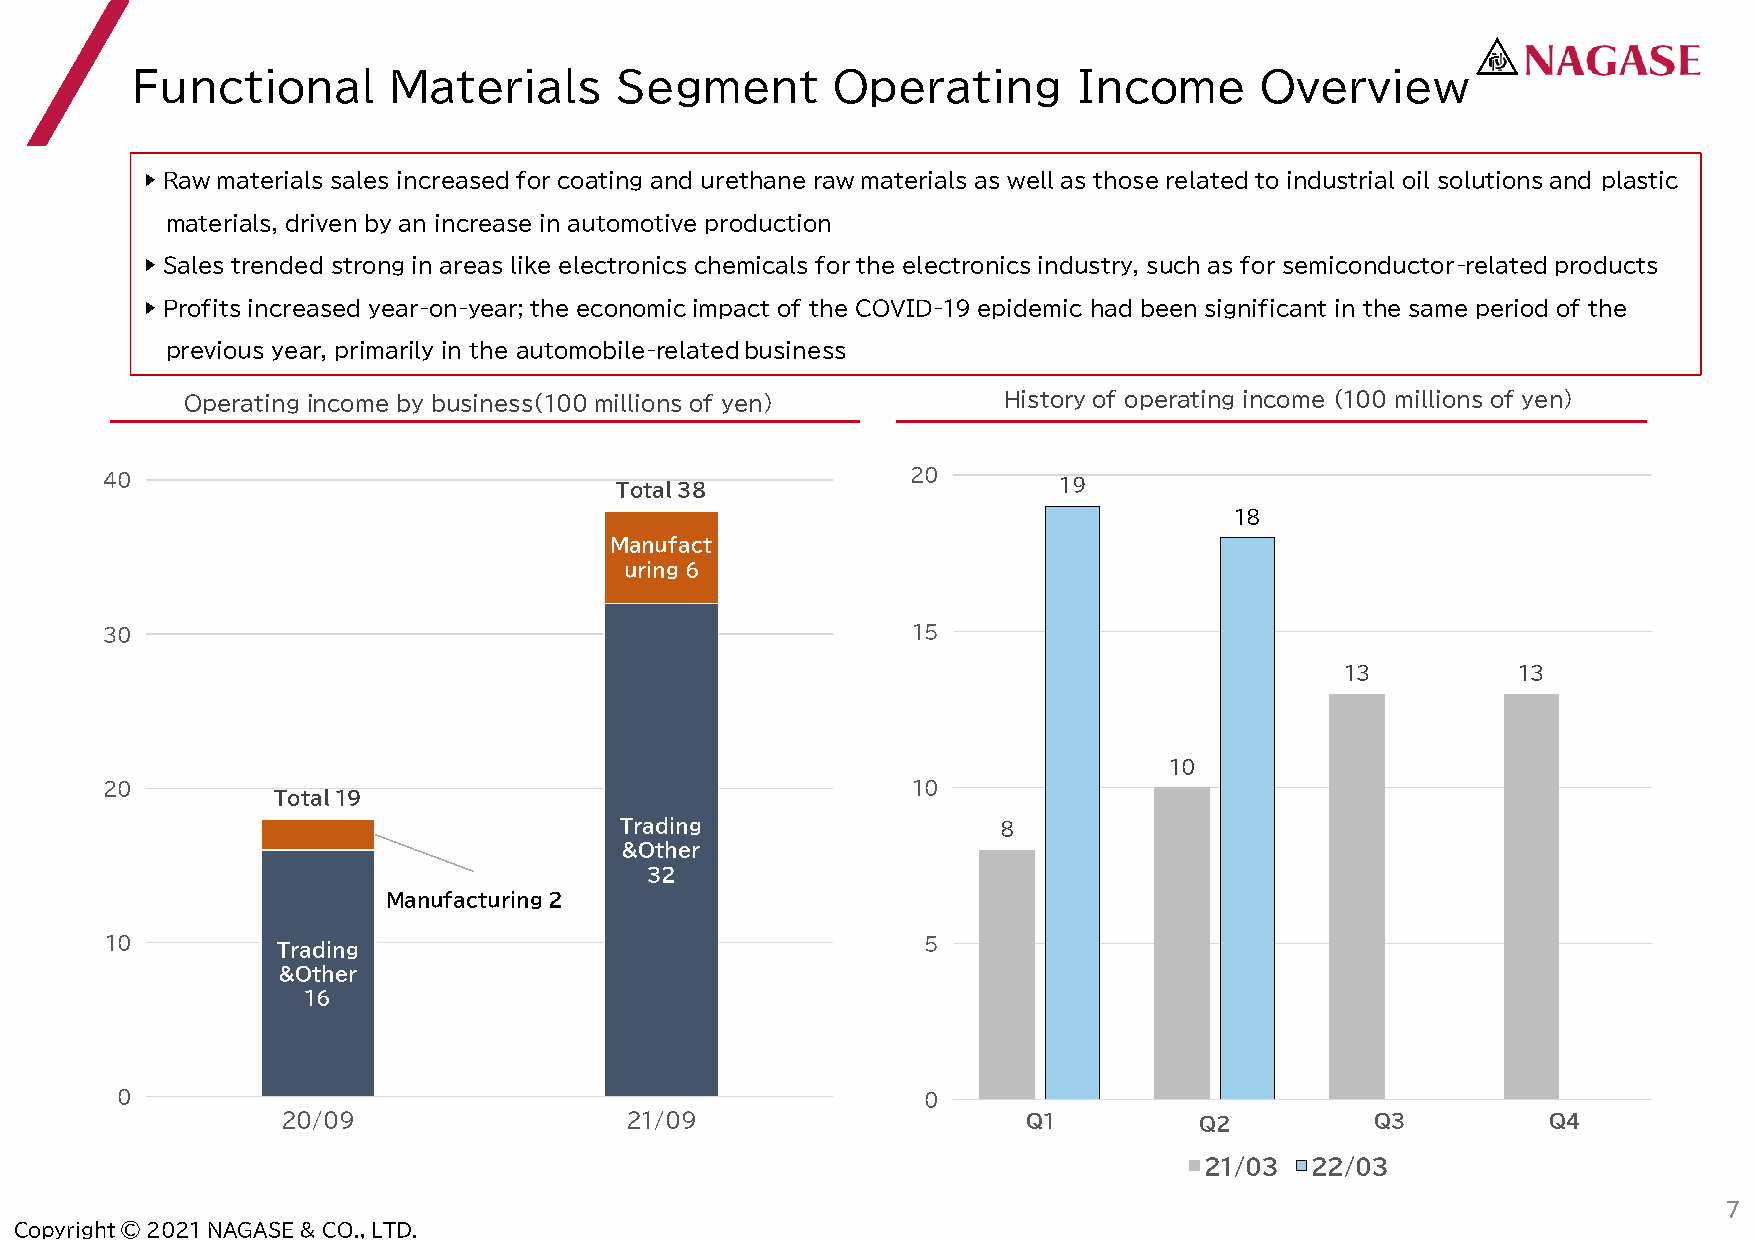
Functional       Materials      Segment       Operating       Income      Overview
 ▶ Raw materials sales increased for coating and urethane raw materials as well as those related to industrial oil solutions and plastic
 materials, driven by an increase in automotive production
 ▶ Sales trended strong in areas like electronics chemicals for the electronics industry, such as for semiconductor-related products
 ▶ Profits increased year-on-year; the economic impact of the COVID-19 epidemic had been significant in the same period of the
 previous year, primarily in the automobile-related business
 Operating income by business（100 millions of yen）     History of operating income （100 millions of yen）
 40                                Total38            20        19
 18
 Manufact
 uring6
 30                                                   15
 13         13
 10
 20                                                   10
 Total19
 Trading                  8
 &Other
 32
 Manufacturing2
 10         Trading                                    5
 &Other
 16
 0          0
 0                                                    0
 20/09                 21/09                      Q1         Q２          Q3          Q4
 21/03  22/03
 7
 Copyright © 2021 NAGASE & CO., LTD.